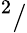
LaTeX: ^2/